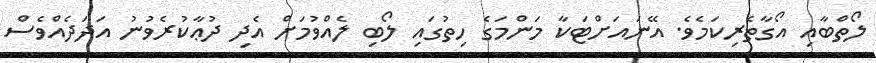
ލޯތްބާއި އޯގާތެރިކަމެވެ. އޭނައަށްޓަކާ މަންމަގެ ހިތުގައި ލޯބި ލެއްވުމަށް އެދި ދުޢާކުރެވުނު އަދަދެއްވެސް